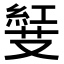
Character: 𠮅